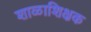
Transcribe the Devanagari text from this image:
शाळाशिक्षक